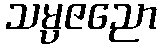
သမ္ပဇညော